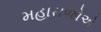
મહારાજોએ